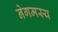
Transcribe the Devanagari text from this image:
नेगमस्य